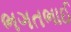
ભગતભાઈ